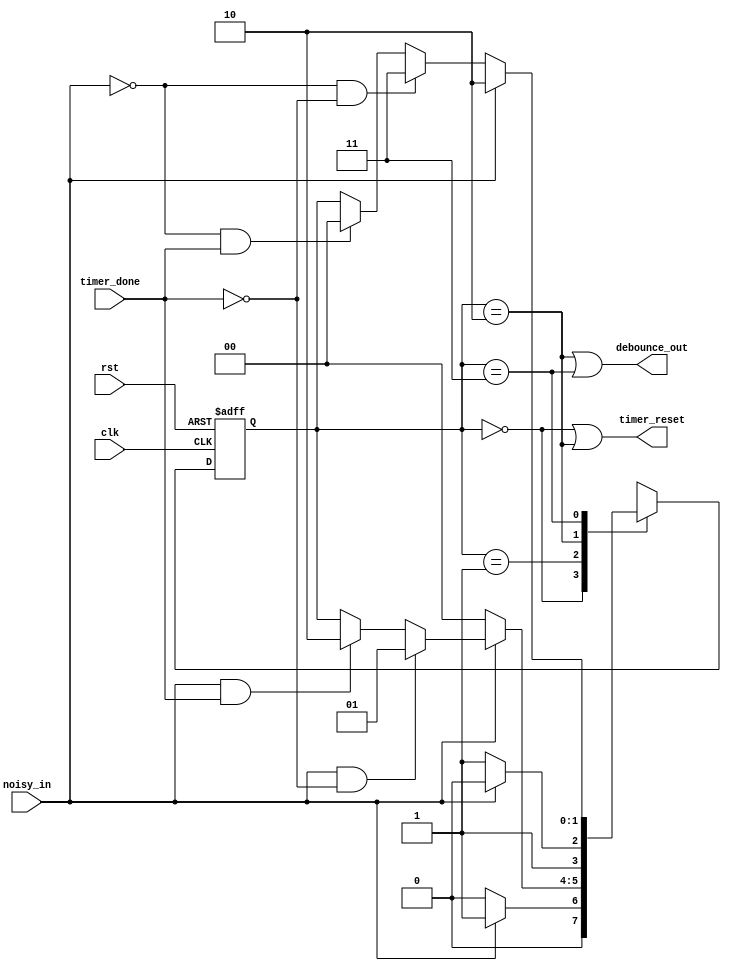
`timescale 1ns / 1ps

module debouncing_switch(
input clk,rst,noisy_in,timer_done,
output debounce_out,timer_reset);

reg [1:0] p_state,n_state;
parameter s0=0, s1=1, s2=2, s3=3;

always@(posedge clk , negedge rst)
begin
if(~rst) begin
p_state<= 0; end
else begin
p_state<= n_state; end
end


always@(*)
begin
n_state= p_state;

case(p_state)
s0: if (~noisy_in)
       n_state= s0;
    else if (noisy_in)
       n_state= s1;
s1: if(~noisy_in)
       n_state= s0;
    else if(noisy_in & ~timer_done)
       n_state= s1;
    else if(noisy_in & timer_done)
       n_state= s2;
s2: if(noisy_in)
       n_state= s2;
    else if(~noisy_in)
       n_state= s3;
s3: if(noisy_in)
       n_state=s2;
    else if(~noisy_in & ~timer_done)
       n_state=s3;
    else if(~noisy_in & timer_done)
       n_state=s0;
default: n_state=s0;
endcase
end

assign timer_reset= (p_state==s0 | p_state==s2);
assign debounce_out= (p_state==s2 | p_state==s3);

endmodule